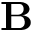
\mathbf B